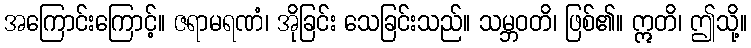
အကြောင်းကြောင့်။ ဇရာမရဏံ၊ အိုခြင်း သေခြင်းသည်။ သမ္ဘဝတိ၊ ဖြစ်၏။ ဣတိ၊ ဤသို့။